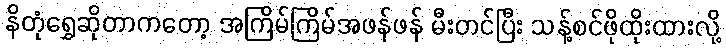
နိတုံရွှေဆိုတာကတော့ အကြိမ်ကြိမ်အဖန်ဖန် မီးတင်ပြီး သန့်စင်ဖိုထိုးထားလို့